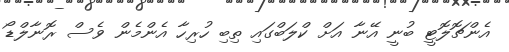
އެންޗޮލޮޓީ ބުނީ އޭނާ އަށް ކްލަބްގައި ތިބި ހުރިހާ އެންމެން ވެސް ރޮނާލްޑޯ